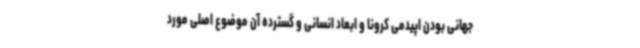
جهانی بودن اپیدمی کرونا و ابعاد انسانی و گسترده آن موضوع اصلی مورد